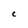
Character: C